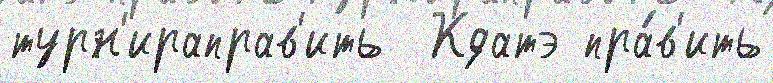
турн'ираправ'ить  Кдатэ пра́в'ить